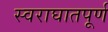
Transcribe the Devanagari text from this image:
स्वराघातपूर्ण